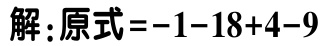
解：原式\(=-1 - 18 + 4 - 9\)